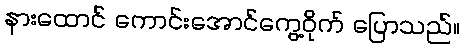
နားထောင် ကောင်းအောင်ကွေ့ဝိုက် ပြောသည်။